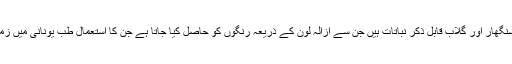
زعفران، رتن جوت، ہار سنگھار اور گلاب قابل ذکر نباتات ہیں جن سے ازالہ لون کے ذریعہ رنگوں کو حاصل کیا جاتا ہے جن کا استعمال طب یونانی میں زمانہ قدیم سے چلا آرہا ہے۔